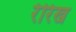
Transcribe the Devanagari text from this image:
रेरिख